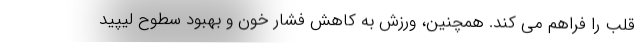
قلب را فراهم می کند. همچنین، ورزش به کاهش فشار خون و بهبود سطوح لیپید